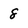
Character: 8